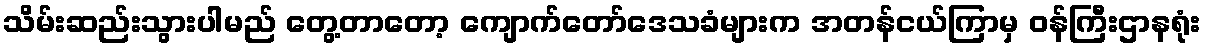
သိမ်းဆည်းသွားပါမည် တွေ့တာတော့ ကျောက်တော်ဒေသခံများက အတန်ငယ်ကြာမှ ဝန်ကြီးဌာနရုံး